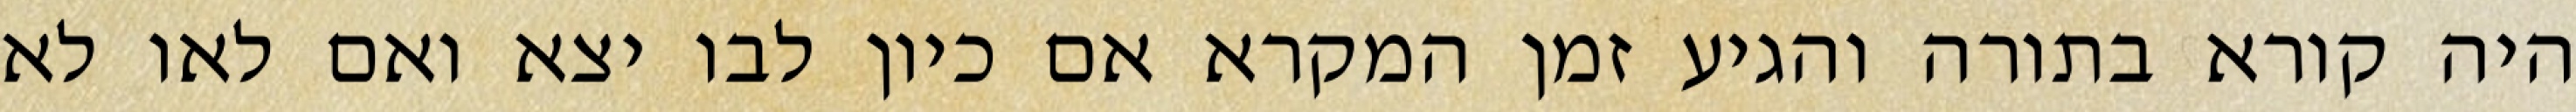
היה קורא בתורה והגיע זמן המקרא אם כיון לבו יצא ואם לאו לא